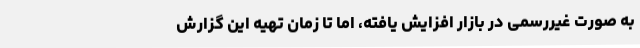
به صورت غیررسمی در بازار افزایش یافته، اما تا زمان تهیه این گزارش